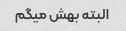
البته بهش میگم